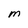
Character: M